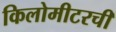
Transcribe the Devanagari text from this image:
किलोमीटरची